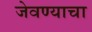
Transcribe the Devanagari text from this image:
जेवण्याचा